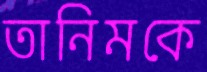
তানিমকে